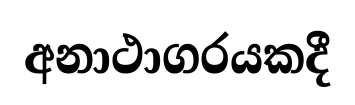
අනාථාගරයකදී